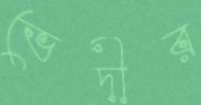
ভেদীর